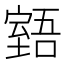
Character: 𦥉